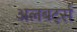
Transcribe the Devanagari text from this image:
अलबर्ट्स